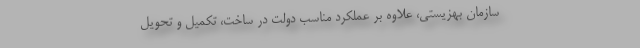
سازمان بهزيستى، علاوه بر عملكرد مناسب دولت در ساخت، تكميل و تحويل